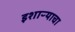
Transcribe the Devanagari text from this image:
इशाऱ्याचा